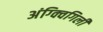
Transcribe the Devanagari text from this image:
अंग्क्विगिली